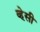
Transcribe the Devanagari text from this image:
व्हेसी